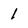
Character: l